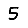
Digit: 5